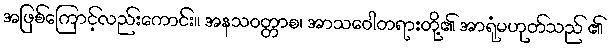
အဖြစ်ကြောင့်လည်းကောင်း။ အနသဝတ္တာစ၊ အာသဝေါတရားတို့၏ အာရုံမဟုတ်သည် ၏